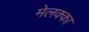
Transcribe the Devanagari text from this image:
मेलक्का